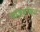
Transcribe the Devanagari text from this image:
याज्ञवल्कय